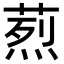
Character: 𦶣